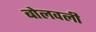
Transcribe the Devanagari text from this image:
बोलवली